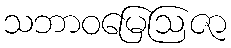
သဘာဝမြေဩဇာ